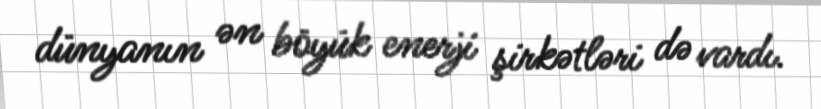
dünyanın ən böyük enerji şirkətləri də vardı.